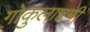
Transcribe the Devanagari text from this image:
गोकुलाष्टमी